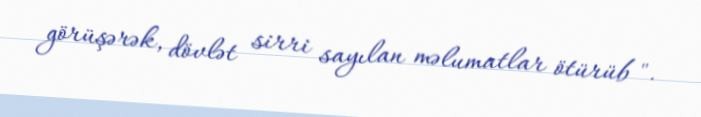
görüşərək, dövlət sirri sayılan məlumatlar ötürüb ".